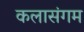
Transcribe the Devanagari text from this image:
कलासंगम